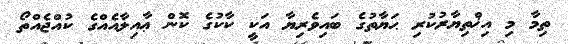
ތިމާ މި އިޚްތިޔާރުކުރި ޙަޔާތުގެ ބައިވެރިޔާ އަކީ ކާކުގެ ކޮން ޢާއިލާއެއްގެ ކުއްޖެއްތޯ